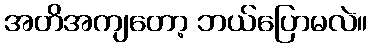
အတိအကျတော့ ဘယ်ပြောမလဲ။